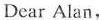
Dear Alan,